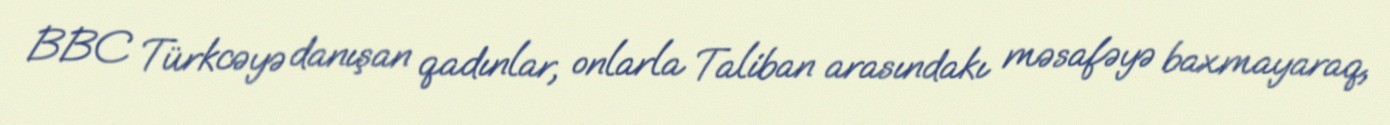
BBC Türkcəyə danışan qadınlar, onlarla Taliban arasındakı məsafəyə baxmayaraq,